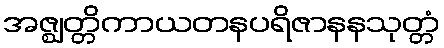
အဇ္ဈတ္တိကာယတနပရိဇာနနသုတ္တံ